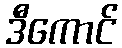
ဒီကောင်